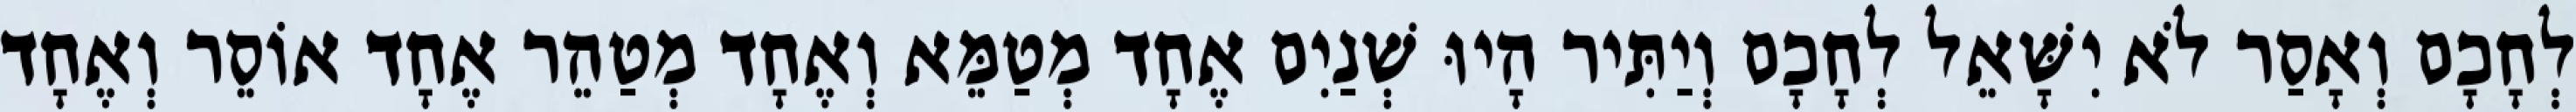
לְחָכָם וְאָסַר לֹא יִשָּׁאֵל לְחָכָם וְיַתִּיר הָיוּ שְׁנַיִם אֶחָד מְטַמֵּא וְאֶחָד מְטַהֵר אֶחָד אוֹסֵר וְאֶחָד